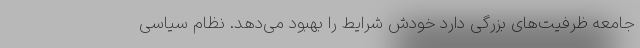
جامعه ظرفیت‌های بزرگی دارد خودش شرایط را بهبود می‌دهد. نظام سیاسی